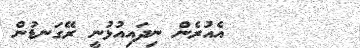
١٧       އެއުރެން ނިދައިއުޅުނީ ރޭގަނޑުން